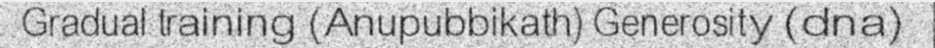
Gradual training (Anupubbikath) Generosity (dna)